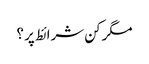
مگر کن شرائط پر ؟